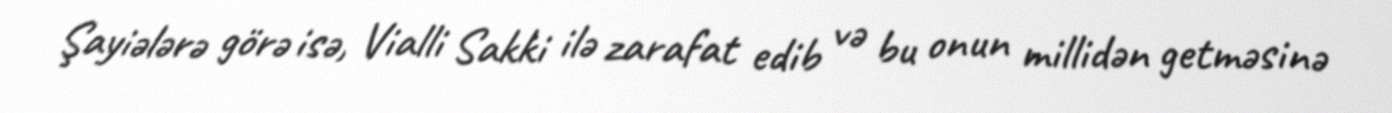
Şayiələrə görə isə, Vialli Sakki ilə zarafat edib və bu onun millidən getməsinə